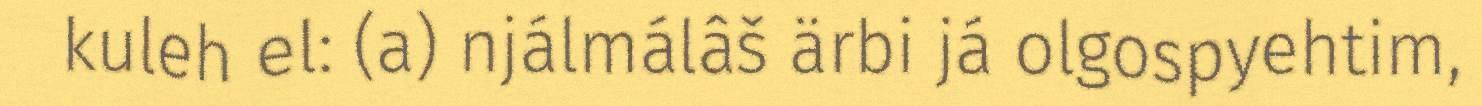
kuleh el: (a) njálmálâš ärbi já olgospyehtim,